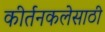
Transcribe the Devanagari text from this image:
कीर्तनकलेसाठी